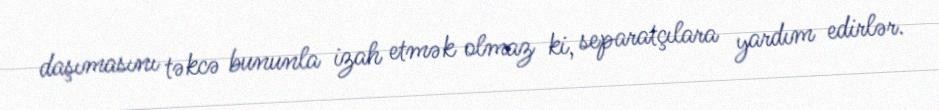
daşımasını təkcə bununla izah etmək olmaz ki, separatçılara yardım edirlər.